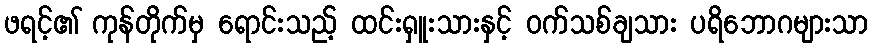
ဖရင့်၏ ကုန်တိုက်မှ ရောင်းသည့် ထင်းရှူးသားနှင့် ဝက်သစ်ချသား ပရိဘောဂများသာ